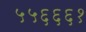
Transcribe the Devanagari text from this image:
५५६६६१